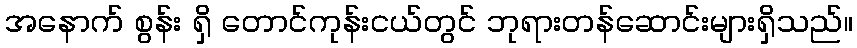
အနောက် စွန်း ရှိ တောင်ကုန်းငယ်တွင် ဘုရားတန်ဆောင်းများရှိသည်။